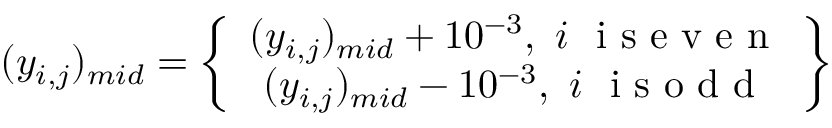
( y _ { i , j } ) _ { m i d } = \left\{ \begin{array} { c } { ( y _ { i , j } ) _ { m i d } + 1 0 ^ { - 3 } , \ i \ \mathrm { ~ i ~ s ~ e ~ v ~ e ~ n ~ } } \\ { ( y _ { i , j } ) _ { m i d } - 1 0 ^ { - 3 } , \ i \ \mathrm { ~ i ~ s ~ o ~ d ~ d ~ } } \end{array} \right\}